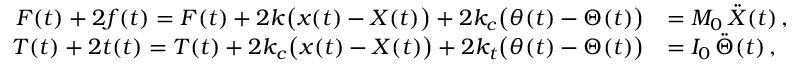
\begin{array} { r l } { F ( t ) + 2 f ( t ) = F ( t ) + 2 k \big ( x ( t ) - X ( t ) \big ) + 2 k _ { c } \big ( \theta ( t ) - \Theta ( t ) \big ) } & { = M _ { 0 } \, \ddot { X } ( t ) \, , } \\ { T ( t ) + 2 t ( t ) = T ( t ) + 2 k _ { c } \big ( x ( t ) - X ( t ) \big ) + 2 k _ { t } \big ( \theta ( t ) - \Theta ( t ) \big ) } & { = I _ { 0 } \, \ddot { \Theta } ( t ) \, , } \end{array}